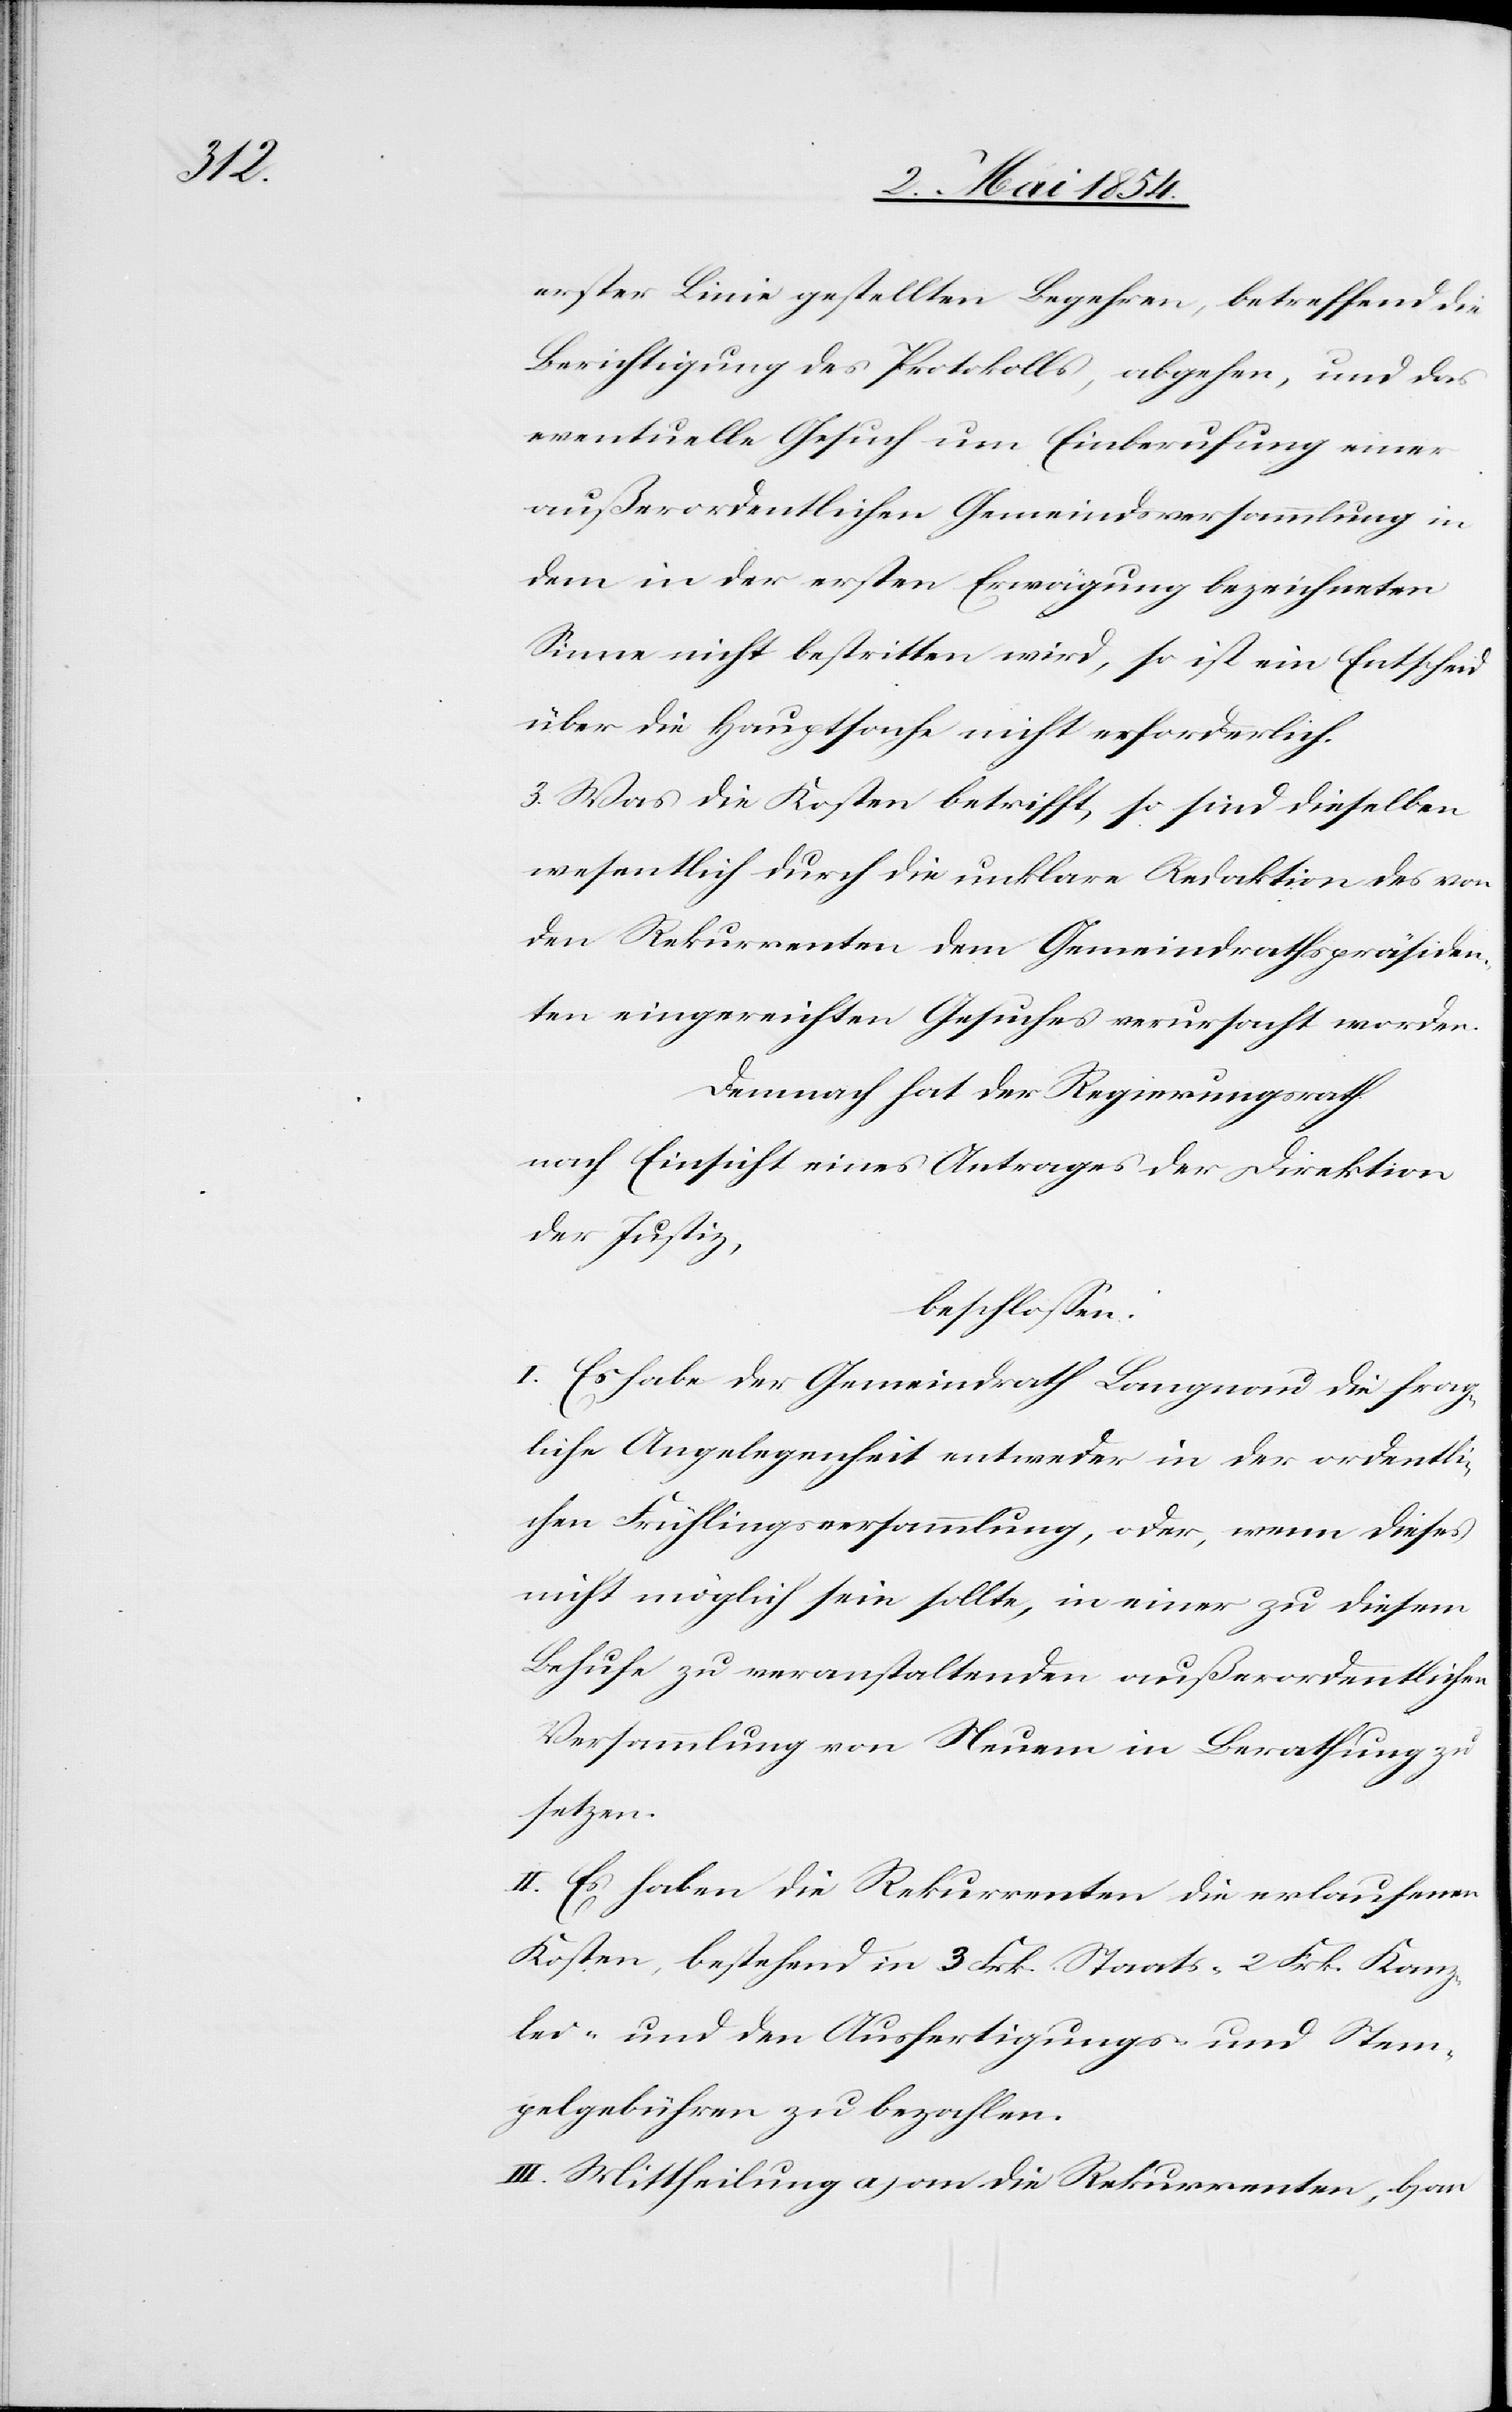
erster Linie gestellten Begehren, betreffend die
Berichtigung des Protokolls, abgehen, und das
eventuelle Gesuch um Einberufung einer
außerordentlichen Gemeindsversammlung in
dem in der ersten Erwägung bezeichneten
Sinne nicht bestritten wird, so ist ein Entscheid
über die Hauptsache nicht erforderlich.
3. Was die Kosten betrifft, so sind dieselben
wesentlich durch die unklare Redaktion des von
den Rekurrenten dem Gemeindrathspräsiden¬
ten eingereichten Gesuches verursacht worden.
Demnach hat der Regierungsrath
nach Einsicht eines Antrages der Direktion
der Justiz,
beschloßen:
I. Es habe der Gemeindrath Langnau die frag¬
liche Angelegenheit entweder in der ordentli¬
chen Frühlingsversammlung, oder, wenn dieses
nicht möglich sein sollte, in einer zu diesem
Behufe zu veranstaltenden außerordentlichen
Versammlung von Neuem in Berathung zu
setzen.
II. Es haben die Rekurrenten die erlaufenen
Kosten, bestehend in 3 Frk. Staats-[-] 2 Frk. Kanz¬
lei- und den Ausfertigungs- und Stem¬
pelgebühren zu bezahlen.
III. Mittheilung a) an die Rekurrenten, b) an